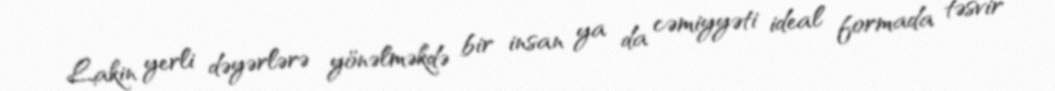
Lakin yerli dəyərlərə yönəlməkdə bir insan ya da cəmiyyəti ideal formada təsvir